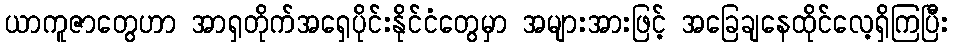
ယာကူဇာတွေဟာ အာရှတိုက်အရှေပိုင်းနိုင်ငံတွေမှာ အများအားဖြင့် အခြေချနေထိုင်လေ့ရှိကြပြီး